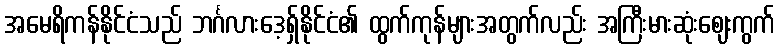
အမေရိကန်နိုင်ငံသည် ဘင်္ဂလားဒေ့ရှ်နိုင်ငံ၏ ထွက်ကုန်များအတွက်လည်း အကြီးမားဆုံးဈေးကွက်